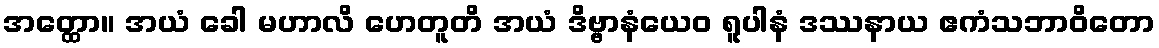
အတ္ထော။ အယံ ခေါ မဟာလိ ဟေတူတိ အယံ ဒိဗ္ဗာနံယေဝ ရူပါနံ ဒဿနာယ ဧကံသဘာဝိတော